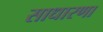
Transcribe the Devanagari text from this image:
साधारणा